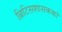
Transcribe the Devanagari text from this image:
ब्रिटिसशासकको